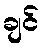
ချင်